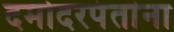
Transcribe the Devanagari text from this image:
दमोदरपंतांना